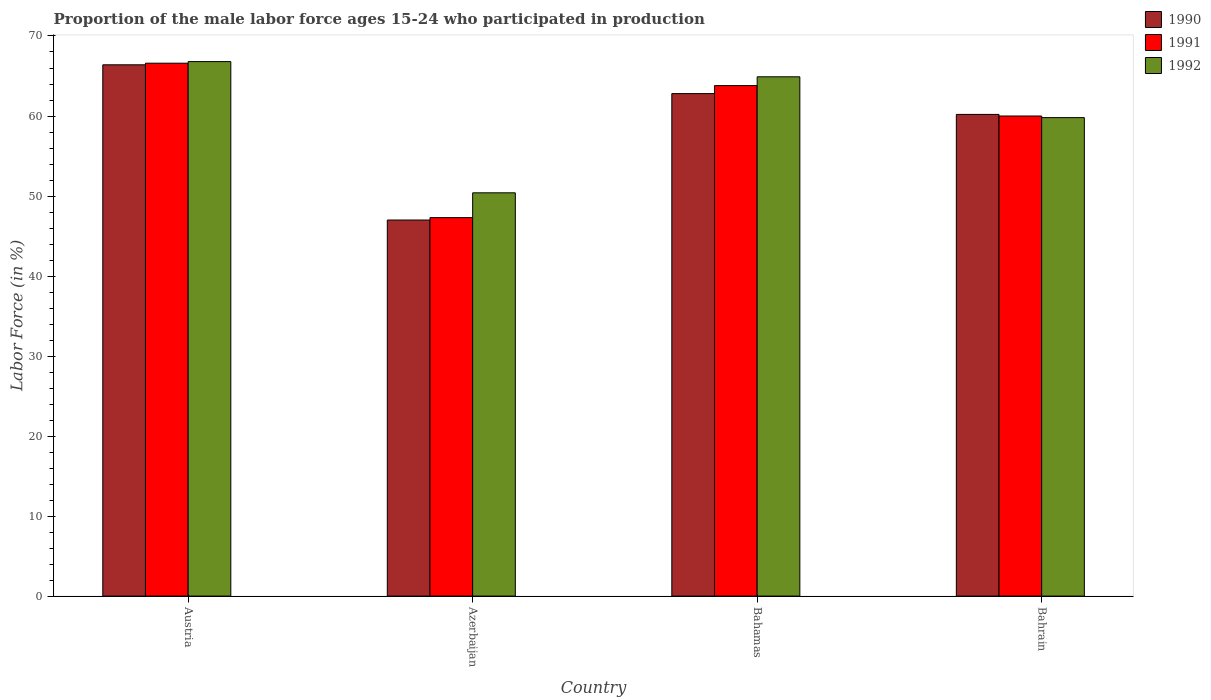
| Country | 1990 | 1991 | 1992 |
 | --- | --- | --- | --- |
 | Austria | 66.4 | 66.6 | 66.8 |
 | Azerbaijan | 47 | 47.3 | 50.4 |
 | Bahamas | 62.8 | 63.8 | 64.9 |
 | Bahrain | 60.2 | 60 | 59.8 |